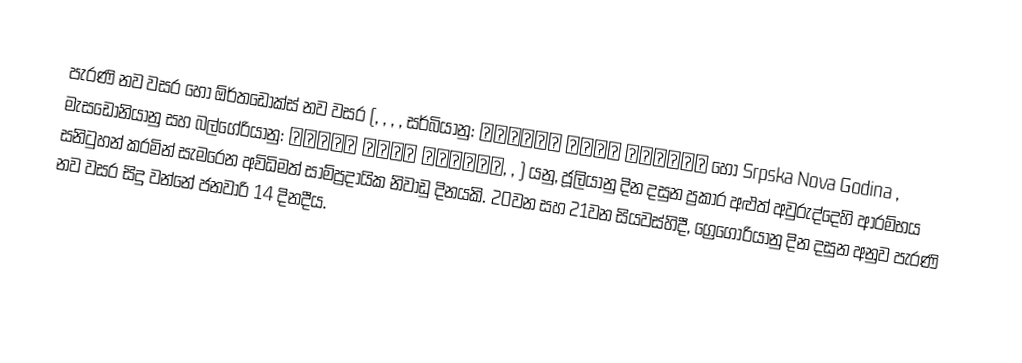
පැරණි නව වසර හෝ  ඕර්තඩොක්ස් නව වසර (, , , , සර්බියානු: Српска Нова Година හෝ  Srpska Nova Godina , මැසඩෝනියානු සහ බල්ගේරියානු: Стара Нова година, , ) යනු,   ජූලියානු දින දසුන ප්‍රකාර අළුත් අවුරුද්දෙහි ආරම්භය සනිටුහන් කරමින් සැමරෙන අවිධිමත් සාම්ප්‍රදායික නිවාඩු දිනයකි. 20වන සහ 21වන සියවස්හිදී,  ග්‍රෙගෝරියානු දින දසුන අනුව පැරණි නව වසර සිදු වන්නේ ජනවාරි 14 දිනදීය.